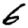
Digit: 6